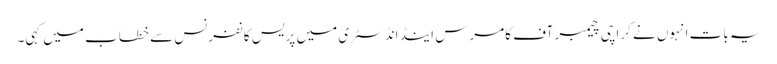
یہ بات انہوں نے کراچی چیمبر آف کامرس اینڈ انڈسٹری میں پریس کانفرنس سے خطاب میں کہی۔